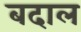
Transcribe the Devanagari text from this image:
बदाल